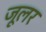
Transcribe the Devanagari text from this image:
जूलर